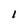
Character: l